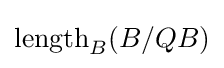
\operatorname {length} _{B}(B/QB)